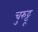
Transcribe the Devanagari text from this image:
चुरुट्टू